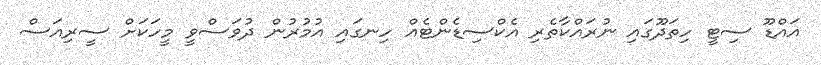
އައްޑޫ ސިޓީ ހިތަދޫގައި ނުރައްކާތެރި އެކްސިޑެންޓެއް ހިނގައި އުމުރުން ދުވަސްވީ މީހަކަށް ސީރިއަސް